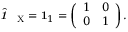
\hat { \textbf { \textit { 1 } } \, } _ { \! \mathrm { X } } = \mathbf { 1 } _ { 1 } = \left( \begin{array} { l l } { 1 } & { 0 } \\ { 0 } & { 1 } \end{array} \right) .